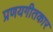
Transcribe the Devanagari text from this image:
प्रणयगीतकार